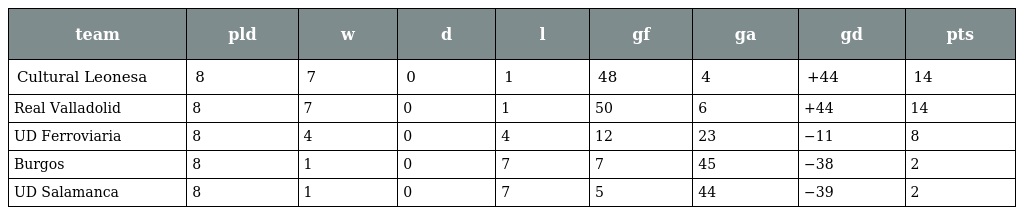
| team | pld | w | d | l | gf | ga | gd | pts |
 | --- | --- | --- | --- | --- | --- | --- | --- | --- |
 | Cultural Leonesa | 8 | 7 | 0 | 1 | 48 | 4 | +44 | 14 |
 | Real Valladolid | 8 | 7 | 0 | 1 | 50 | 6 | +44 | 14 |
 | UD Ferroviaria | 8 | 4 | 0 | 4 | 12 | 23 | −11 | 8 |
 | Burgos | 8 | 1 | 0 | 7 | 7 | 45 | −38 | 2 |
 | UD Salamanca | 8 | 1 | 0 | 7 | 5 | 44 | −39 | 2 |